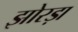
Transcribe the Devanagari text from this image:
झोरड़ा